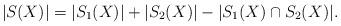
LaTeX: \begin{align*}|S(X)|=|S_1(X)|+|S_2(X)|-|S_1(X)\cap S_2(X)|.\end{align*}